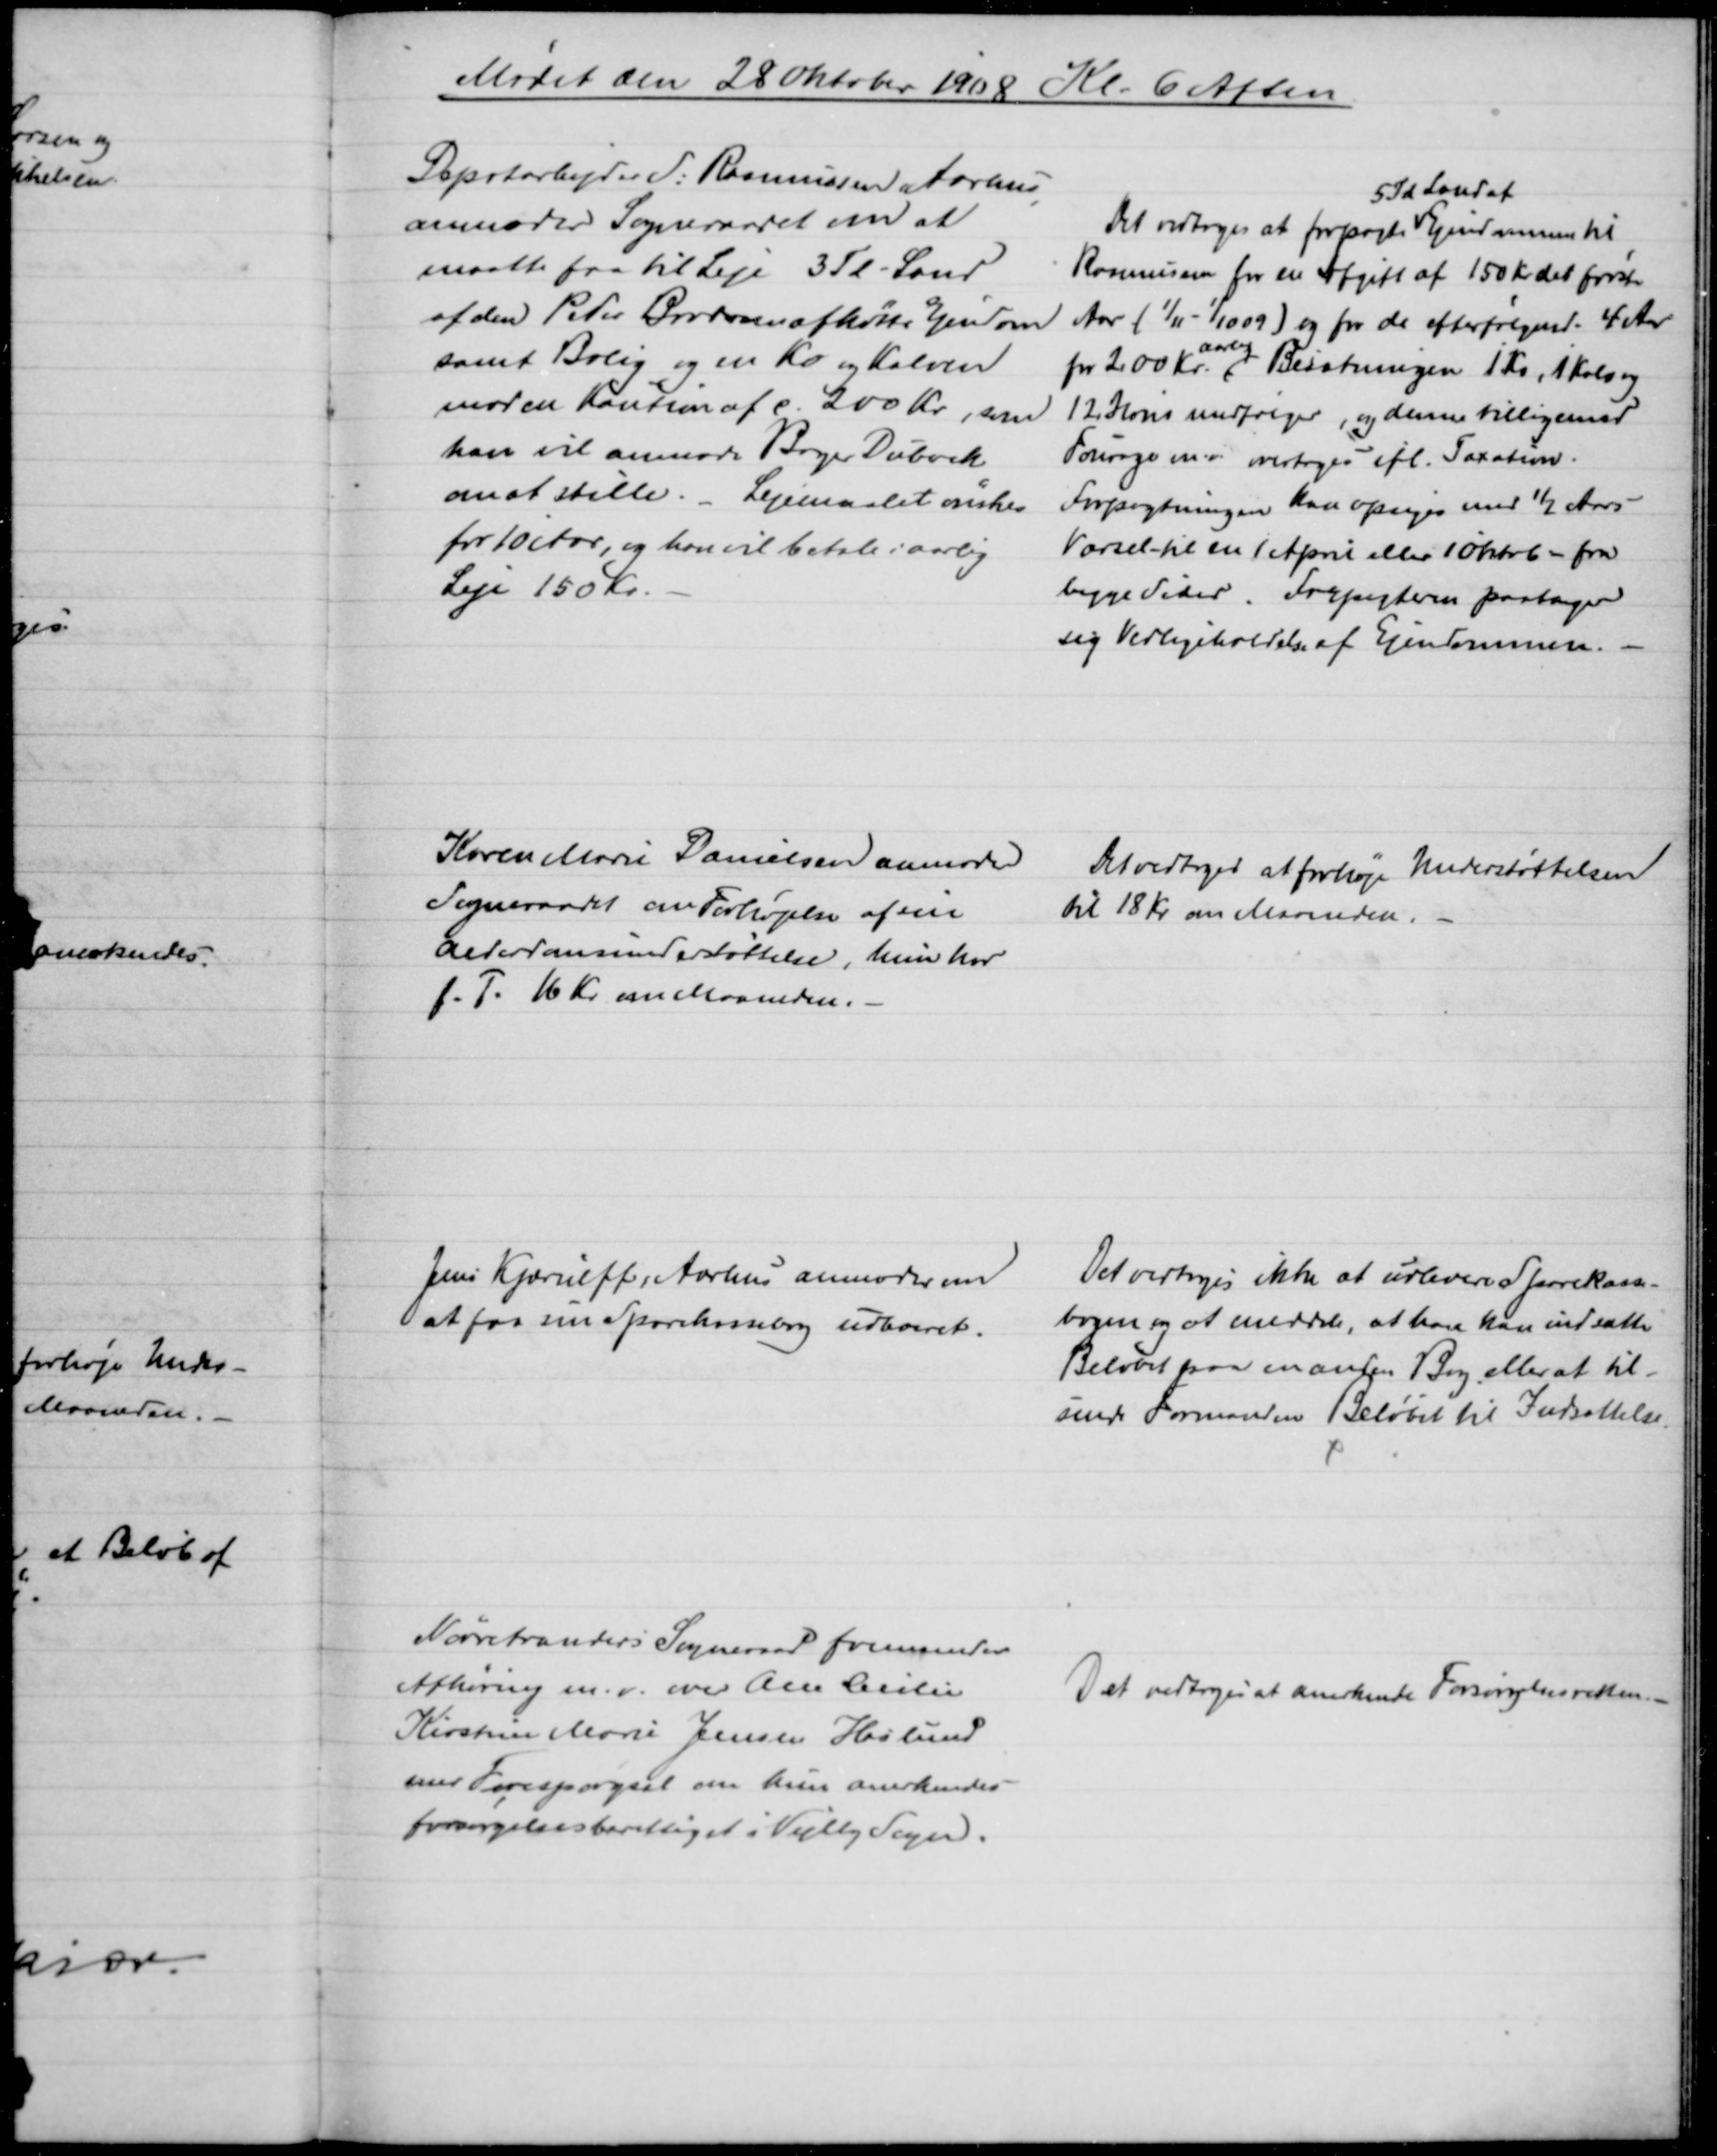
Transskription:
Mødet den 28 Oktober 1908 Kl. 6 Aften
Depotarbejder S. Rasmussen Aarhus
anmoder Sogneraadet om at
maatte faa til Leje 3 Td - Land
af den Peter Brodersen afkøbte Ejendom
samt Bolig og en Ko og Kalven
mod en Kaution af c. 200 Kr., som 
han vil anmode Bager Dubock
om at stille. - Lejemaalet ønskes
for 10 Aar, og han vil betale i aarlig
Leje 150 Kr.
Det vedtoges at forpagte 
5 Td Land af
Ejendommen til
Rasmussen for en Afgift af 150 Kr det første
Aar (1/11 - 1/10 09) og for de efterfølgende 4 Aar
for 200 Kr. 
aarlig
Besætningen 1 Ko, 1 Kalv og
12 Høns medfølger, og denne tilligemed
Fourage m.v. overtages ifl. Taxation.
Forpagtningen kan opsiges med ½ Aars
Varsel - til en 1 April eller 1 Novb - fra
begge Sider. Forpagteren paatager
sig Vedligeholdelse af Ejendommen.
Karen Marie Danielsen anmoder
Sogneraadet om Forhøjelse af sin
Alderdomsunderstøttelse, hun har
f. F. 16 Kr. om Maaneden.
Det vedtoges at forhøje Understøttelsen
til 18 Kr. en Maaneden.
Jens Kjærulff, Aarhus anmoder om
at faa sin Sparekassebog udleveret.
Det vedtoges ikke at udlevere Sparekasse-
bogen og at meddele, at han kan indsætte
Beløbet paa en anden Bog eller at til-
sende Formanden Beløbet til Indsættelse.
Nørretranders Sogneraad fremsender
Afhøring m.v. over Ane Cecilie
Kirsten Marie Jensen Haslund
med Forespørgsel om hun anerkendes
forsørgelsesberettiget i Vejlby Sogn.
Det vedtoges at anerkende Forsørgelsesretten.